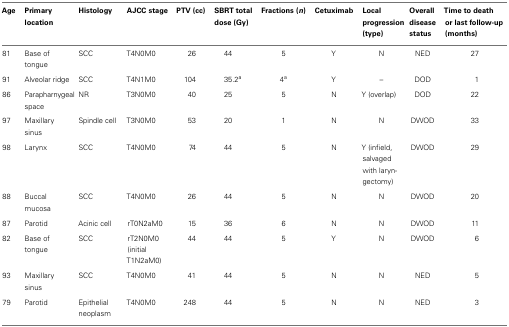
| Age | Primary location | Histology | AJCC stage | PTV (cc) | SBRT total dose (Gy) | Fractions (n) | Cetuximab | Local progression (type) | Overall disease status | Time to death or last follow-up (months) |
 | --- | --- | --- | --- | --- | --- | --- | --- | --- | --- | --- |
 | 81 | Base of tongue | SCC | T4N0M0 | 26 | 44 | 5 | Y | N | NED | 27 |
 | 91 | Alveolar ridge | SCC | T4N1M0 | 104 | 35.2a | 4a | Y | – | DOD | 1 |
 | 86 | Parapharnygeal space | NR | T3N0M0 | 40 | 25 | 5 | N | Y (overlap) | DOD | 22 |
 | 97 | Maxillary sinus | Spindle cell | T3N0M0 | 53 | 20 | 1 | N | N | DWOD | 33 |
 | 98 | Larynx | SCC | T4N0M0 | 74 | 44 | 5 | N | Y (infield, salvaged with laryngectomy) | DWOD | 29 |
 | 88 | Buccal mucosa | SCC | T4N0M0 | 26 | 44 | 5 | N | N | DWOD | 20 |
 | 87 | Parotid | Acinic cell | rT0N2aM0 | 15 | 36 | 6 | N | N | DWOD | 11 |
 | 82 | Base of tongue | SCC | rT2N0M0 (initial T1N2aM0) | 44 | 44 | 5 | Y | N | DWOD | 6 |
 | 93 | Maxillary sinus | SCC | T4N0M0 | 41 | 44 | 5 | N | N | NED | 5 |
 | 79 | Parotid | Epithelial neoplasm | T4N0M0 | 248 | 44 | 5 | N | N | NED | 3 |